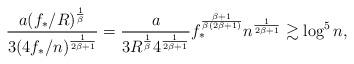
LaTeX: \begin{align*}\frac{a(f_*/R)^{\frac 1{\beta}}}{3 (4f_*/n)^{\frac 1{2\beta+1}}} = \frac{ a}{ 3 R^{\frac 1{\beta}}4^{\frac 1{2\beta+1}}} f_*^{\frac{\beta+1}{\beta(2\beta+1)}}n^{\frac 1{2\beta+1}} \gtrsim \log^5 n,\end{align*}